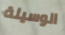
الوسيلة